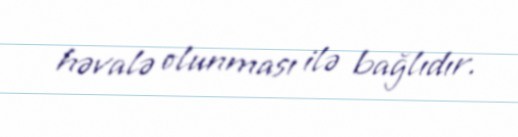
həvalə olunması ilə bağlıdır.